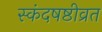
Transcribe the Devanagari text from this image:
स्कंदषष्ठीव्रत